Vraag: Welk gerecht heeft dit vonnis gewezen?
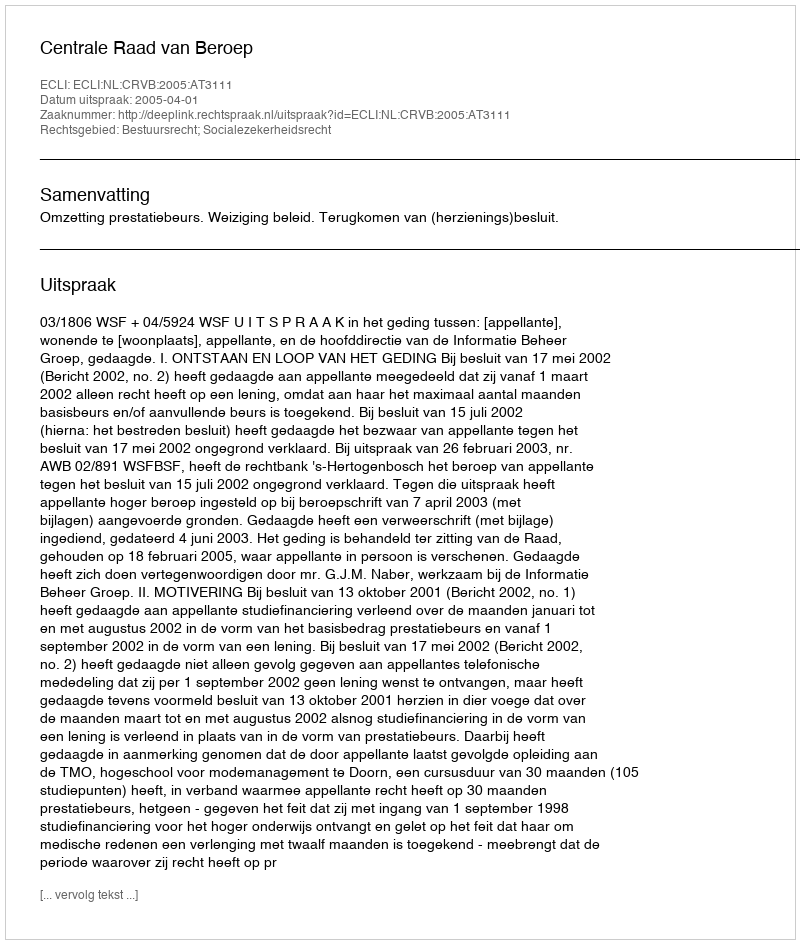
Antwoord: Centrale Raad van Beroep